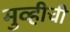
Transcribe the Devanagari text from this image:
मुव्हीची